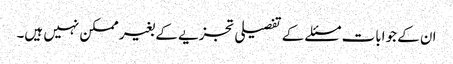
ان کے جوابات مسئلے کے تفصیلی تجزیے کے بغیر ممکن نہیں ہیں۔